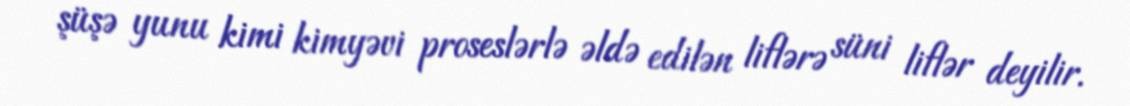
şüşə yunu kimi kimyəvi proseslərlə əldə edilən liflərə süni liflər deyilir.